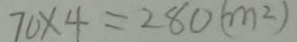
7 0 \times 4 = 2 8 0 ( m ^ { 2 } )